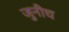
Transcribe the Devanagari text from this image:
जुनीच